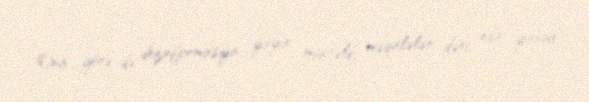
Ona görə də dezinformasiya yayır, müxtəlif məqalələr dərc edir, yaxud